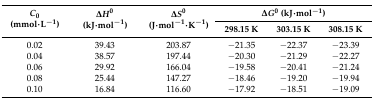
<table><thead><tr><td rowspan="2"><b><i>C</i><sub>0</sub> (mmol·L<sup>−1</sup>)</b></td><td rowspan="2"><b>Δ<i>H</i><sup>0</sup> (kJ·mol<sup>−1</sup>)</b></td><td rowspan="2"><b>Δ<i>S</i><sup>0</sup> (J·mol<sup>−1</sup>·K<sup>−1</sup>)</b></td><td colspan="3"><b>Δ<i>G</i><sup>0</sup> (kJ·mol<sup>−1</sup>)</b></td></tr><tr><td><b>298.15 K</b></td><td><b>303.15 K</b></td><td><b>308.15 K</b></td></tr></thead><tbody><tr><td>0.02</td><td>39.43</td><td>203.87</td><td>−21.35</td><td>−22.37</td><td>−23.39</td></tr><tr><td>0.04</td><td>38.57</td><td>197.44</td><td>−20.30</td><td>−21.29</td><td>−22.27</td></tr><tr><td>0.06</td><td>29.92</td><td>166.04</td><td>−19.58</td><td>−20.41</td><td>−21.24</td></tr><tr><td>0.08</td><td>25.44</td><td>147.27</td><td>−18.46</td><td>−19.20</td><td>−19.94</td></tr><tr><td>0.10</td><td>16.84</td><td>116.60</td><td>−17.92</td><td>−18.51</td><td>−19.09</td></tr></tbody></table>